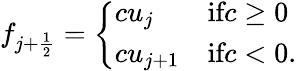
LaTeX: f_{j+\frac{1}{2}}=\left\{ \begin{array}{ll}{cu_{j}}&{\textnormal{if}c\ge 0}\\ {cu_{j+1}}&{\textnormal{if}c<0.}\end{array}\right.